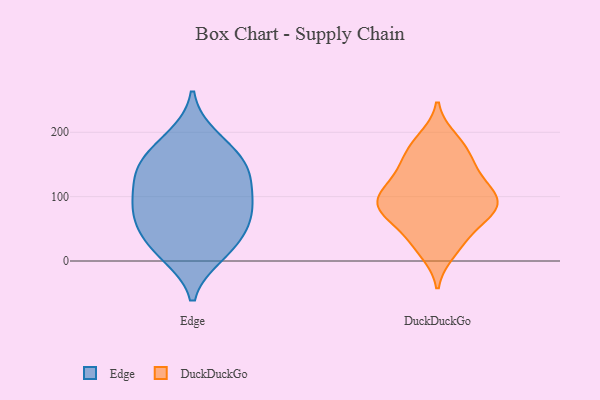
{"axis": {"x": "Conversion Rate (%)", "y": "Value"}, "legend": ["DuckDuckGo", "Edge"], "data": [{"x": "", "y": 152, "type": "Edge"}, {"x": "", "y": 45, "type": "Edge"}, {"x": "", "y": 32, "type": "Edge"}, {"x": "", "y": 75, "type": "Edge"}, {"x": "", "y": 131, "type": "Edge"}, {"x": "", "y": 136, "type": "Edge"}, {"x": "", "y": 112, "type": "Edge"}, {"x": "", "y": 10, "type": "Edge"}, {"x": "", "y": 14, "type": "Edge"}, {"x": "", "y": 176, "type": "Edge"}, {"x": "", "y": 85, "type": "Edge"}, {"x": "", "y": 192, "type": "Edge"}, {"x": "", "y": 82, "type": "Edge"}, {"x": "", "y": 148, "type": "Edge"}, {"x": "", "y": 70, "type": "Edge"}, {"x": "", "y": 71, "type": "DuckDuckGo"}, {"x": "", "y": 26, "type": "DuckDuckGo"}, {"x": "", "y": 121, "type": "DuckDuckGo"}, {"x": "", "y": 134, "type": "DuckDuckGo"}, {"x": "", "y": 15, "type": "DuckDuckGo"}, {"x": "", "y": 89, "type": "DuckDuckGo"}, {"x": "", "y": 74, "type": "DuckDuckGo"}, {"x": "", "y": 181, "type": "DuckDuckGo"}, {"x": "", "y": 62, "type": "DuckDuckGo"}, {"x": "", "y": 144, "type": "DuckDuckGo"}, {"x": "", "y": 189, "type": "DuckDuckGo"}, {"x": "", "y": 85, "type": "DuckDuckGo"}, {"x": "", "y": 98, "type": "DuckDuckGo"}, {"x": "", "y": 32, "type": "DuckDuckGo"}, {"x": "", "y": 93, "type": "DuckDuckGo"}, {"x": "", "y": 157, "type": "DuckDuckGo"}, {"x": "", "y": 99, "type": "DuckDuckGo"}, {"x": "", "y": 79, "type": "DuckDuckGo"}, {"x": "", "y": 114, "type": "DuckDuckGo"}, {"x": "", "y": 171, "type": "DuckDuckGo"}]}